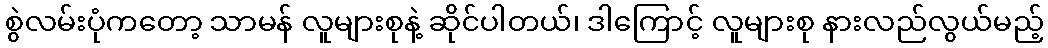
စွဲလမ်းပုံကတော့ သာမန် လူများစုနဲ့ ဆိုင်ပါတယ်၊ ဒါကြောင့် လူများစု နားလည်လွယ်မည့်